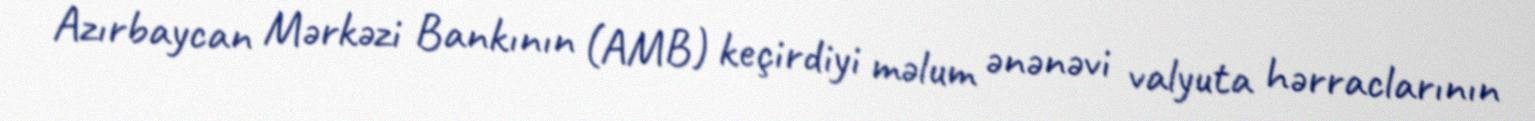
Azırbaycan Mərkəzi Bankının (AMB) keçirdiyi məlum ənənəvi valyuta hərraclarının